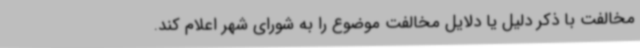
مخالفت با ذکر دلیل یا دلایل مخالفت موضوع را به شورای شهر اعلام کند.